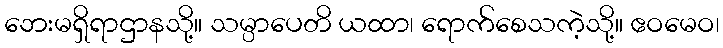
ဘေးမရှိရာဌာနသို့။ သမ္ပာပေတိ ယထာ၊ ရောက်စေသကဲ့သို့။ ဧဝမေဝ၊